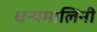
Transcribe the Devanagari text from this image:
धन्यमालिनी